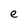
Character: e